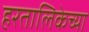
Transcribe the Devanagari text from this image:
हरतालिकेच्या